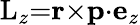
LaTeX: \mathrm{L}_{z}{=}\mathbf{r}{\times}\mathbf{p}{\cdot}\mathbf{e}_{z}